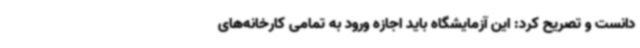
دانست و تصریح کرد: این آزمایشگاه باید اجازه ورود به تمامی کارخانه‌های